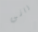
راني